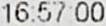
16:57:00